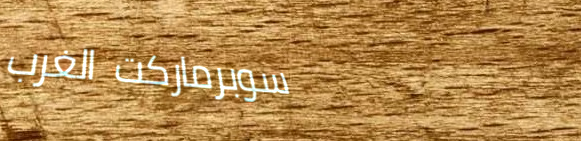
سوبرماركت الغرب